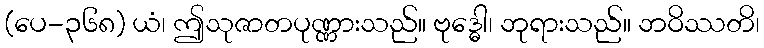
(ပေ-၃၆၈) ယံ၊ ဤသုဇာတပုဏ္ဏားသည်။ ဗုဒ္ဓေါ၊ ဘုရားသည်။ ဘဝိဿတိ၊